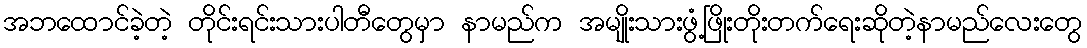
အဘထောင်ခဲ့တဲ့ တိုင်းရင်းသားပါတီတွေမှာ နာမည်က အမျိုးသားဖွံ့ဖြိုးတိုးတက်ရေးဆိုတဲ့နာမည်လေးတွေ